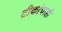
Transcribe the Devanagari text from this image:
टीकांचाही